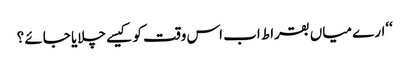
‘‘ارے میاں بقراط اب اس وقت کو کیسے چلایا جائے ؟